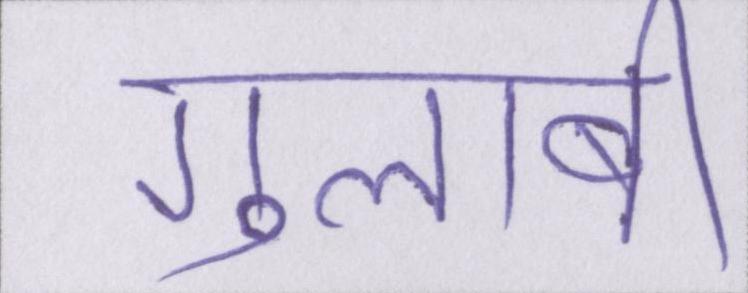
गुलाबी